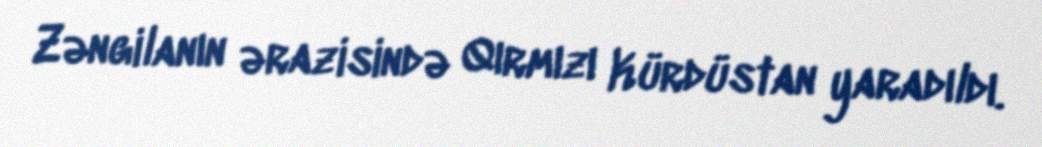
Zəngilanın ərazisində Qırmızı Kürdüstan yaradıldı.